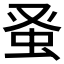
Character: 𫊫